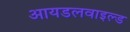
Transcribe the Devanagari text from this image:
आयडलवाइल्ड